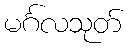
မင်္ဂလသုတ်